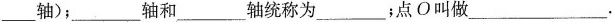
___轴)；___轴和___轴统称为___；点O叫做___.